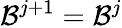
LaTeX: \mathcal{B}^{j+1}=\mathcal{B}^{j}